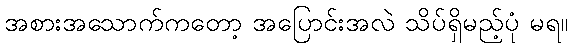
အစားအသောက်ကတော့ အပြောင်းအလဲ သိပ်ရှိမည့်ပုံ မရ။